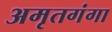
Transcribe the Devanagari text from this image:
अमृतगंगा